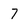
Character: 7